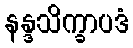
နန္ဒသိက္ခာပဒံ